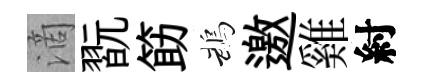
滴翫筯鵡邀雞紂